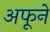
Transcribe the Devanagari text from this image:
अफूने